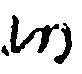
候